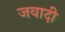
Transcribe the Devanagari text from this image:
जवादी